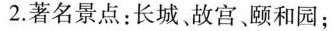
2.著名景点：长城。故宫颐和园；